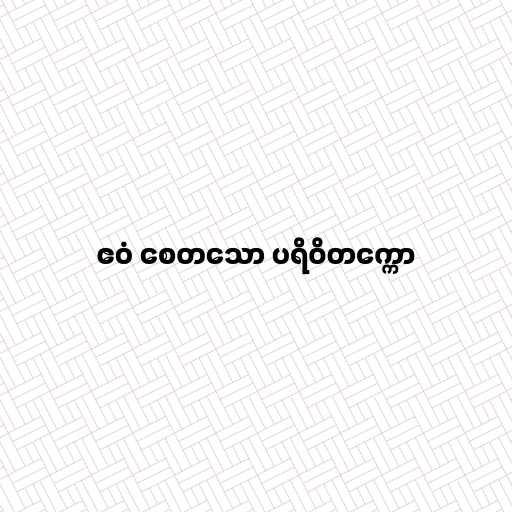
ဧဝံ စေတသော ပရိဝိတက္ကော